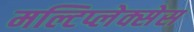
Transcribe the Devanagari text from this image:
मल्टिप्लेक्सेस